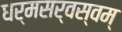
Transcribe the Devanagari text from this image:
धर्मसर्वस्वम्